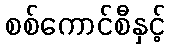
စစ်ကောင်စီနှင့်